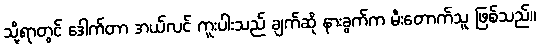
သို့ရာတွင် ဒေါက်တာ အယ်လင် ကူးပါးသည် ချက်ဆို နားခွက်က မီးတောက်သူ ဖြစ်သည်။